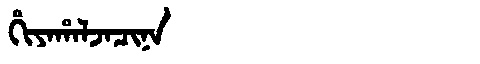
Manchu: ᡥᡳᠶᠠᡥᠠᠯᠵᠠᠴᡳᠨᠠ
Romanization: HIYAHALJACINA